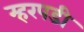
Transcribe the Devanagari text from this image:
म्हरपडी